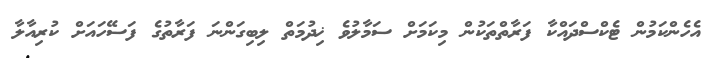
އެހެންކަމުން ޓެކްސްދައްކާ ފަރާތްތަކުން މިކަމަށް ސަމާލުވެ ޚިދުމަތް ލިބިގަންނަ ފަރާތުގެ ފަސޭހައަށް ކުރިއާލާ